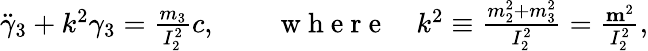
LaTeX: \begin{array}{r}{\ddot{\gamma}_{3}+k^{2}\gamma_{3}=\frac{m_{3}}{I_{2}^{2}}c,\qquad\mathrm{~w~h~e~r~e~}\quad k^{2}\equiv\frac{m_{2}^{2}+m_{3}^{2}}{I_{2}^{2}}=\frac{{\mathbf m}^{2}}{I_{2}^{2}},}\end{array}